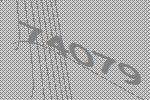
74079